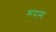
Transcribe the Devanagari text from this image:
रुपम